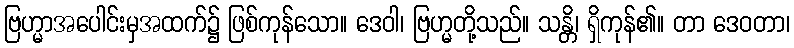
ဗြဟ္မာအပေါင်းမှအထက်၌ ဖြစ်ကုန်သော။ ဒေဝါ၊ ဗြဟ္မတို့သည်။ သန္တိ၊ ရှိကုန်၏။ တာ ဒေဝတာ၊